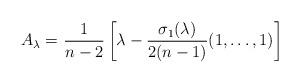
LaTeX: \begin{align*}A_{\lambda} =&\ \frac{1}{n-2} \left[ \lambda - \frac{\sigma_1(\lambda)}{2(n-1)}(1,\dots,1) \right]\end{align*}